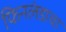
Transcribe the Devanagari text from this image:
फिनलंडाचा